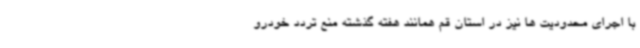
با اجرای محدودیت ها نیز در استان قم همانند هفته گذشته منع تردد خودرو